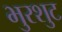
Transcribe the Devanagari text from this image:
भुरशुट